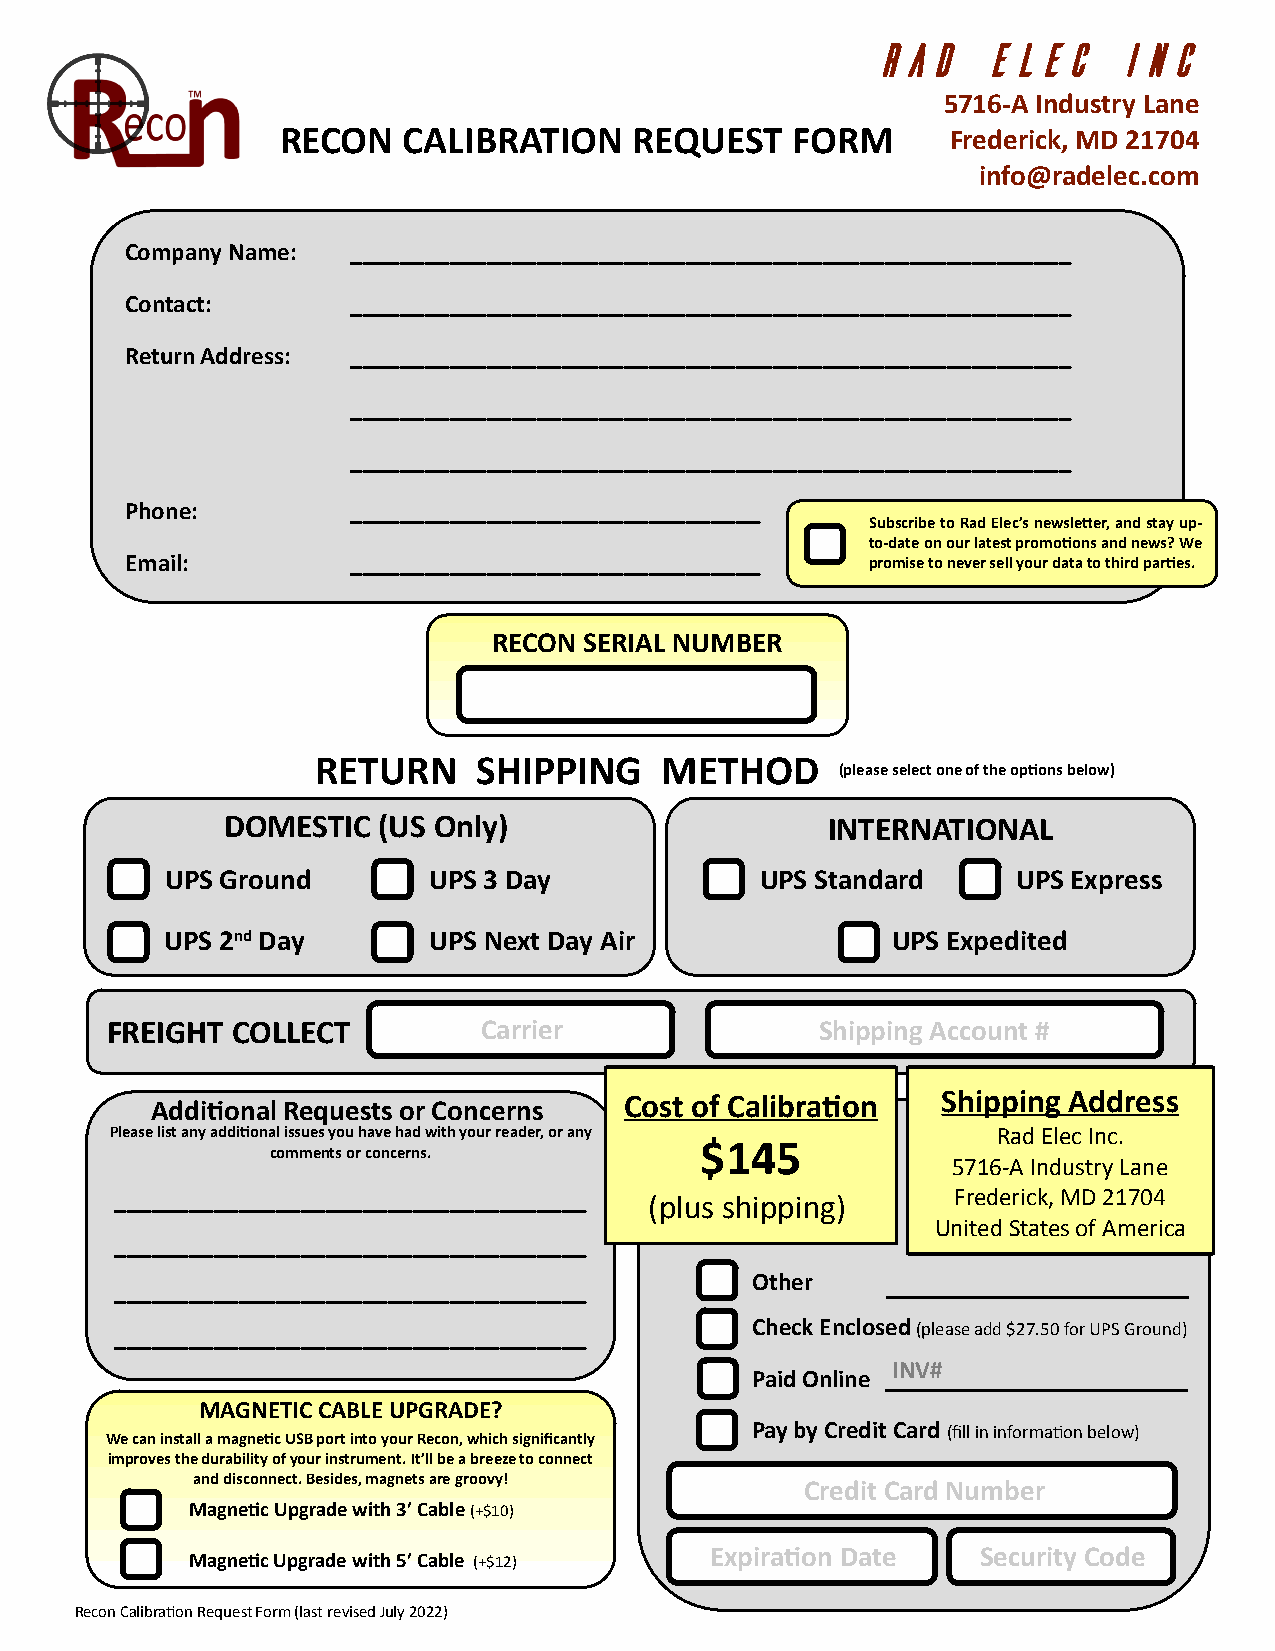
Rad    Elec     inc
 5716-A Industry Lane
 RECON   CALIBRATION    REQUEST   FORM       Frederick, MD 21704
 info@radelec.com
 Company Name:  __________________________________________________________
 Contact:       __________________________________________________________
 Return Address: __________________________________________________________
 __________________________________________________________
 __________________________________________________________
 Phone:         _________________________________
 Subscribe to Rad Elec’s newsletter, and stay up-
 to-date on our latest promotions and news? We
 Email:         _________________________________  promise to never sell your data to third parties.
 RECON SERIAL NUMBER
 RETURN     SHIPPING    METHOD
 (please select one of the options below)
 DOMESTIC  (US Only)                     INTERNATIONAL
 UPS Ground       UPS 3 Day             UPS Standard     UPS Express
 UPS 2nd Day      UPS Next Day Air               UPS Expedited
 FREIGHT COLLECT          Carrier               Shipping Account #
 Cost of Calibration  Shipping Address
 Additional Requests or Concerns
 Please list any additional issues you have had with your reader, or any Rad Elec Inc.
 $145
 comments or concerns.
 5716-A Industry Lane
 ______________________________________ (plus shipping) Frederick, MD 21704
 United States of America
 ______________________________________
 Other
 ______________________________________
 ______________________________________    Check Enclosed (please add $27.50 for UPS Ground)
 INV#
 Paid Online
 MAGNETIC CABLE UPGRADE?
 Pay by Credit Card (fill in information below)
 We can install a magnetic USB port into your Recon, which significantly
 improves the durability of your instrument. It’ll be a breeze to connect
 and disconnect. Besides, magnets are groovy!
 Credit Card Number
 Magnetic Upgrade with 3’ Cable (+$10)
 Expiration Date   Security Code
 Magnetic Upgrade with 5’ Cable (+$12)
 Recon Calibration Request Form (last revised July 2022)